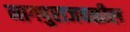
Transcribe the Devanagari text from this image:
नागपुराजवळील